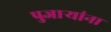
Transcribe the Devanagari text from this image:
पुजाऱ्यांना